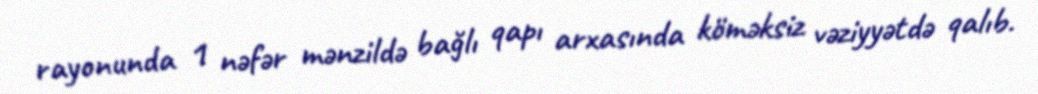
rayonunda 1 nəfər mənzildə bağlı qapı arxasında köməksiz vəziyyətdə qalıb.